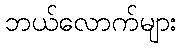
ဘယ်လောက်များ